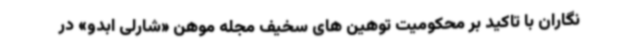
نگاران با تاکید بر محکومیت توهین های سخیف مجله موهن «شارلی ابدو» در